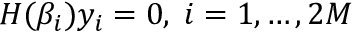
H ( \beta _ { i } ) y _ { i } = 0 , \; i = 1 , \ldots , 2 M